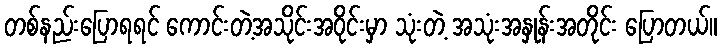
တစ်နည်းပြောရရင် ကောင်းတဲ့အသိုင်းအဝိုင်းမှာ သုံးတဲ့ အသုံးအနှုန်းအတိုင်း ပြောတယ်။